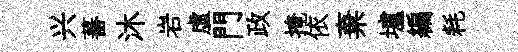
兴蕃沐岩虚門政掩依棄壚編耗